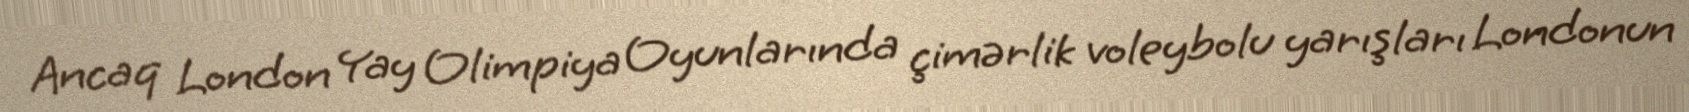
Ancaq London Yay Olimpiya Oyunlarında çimərlik voleybolu yarışları Londonun